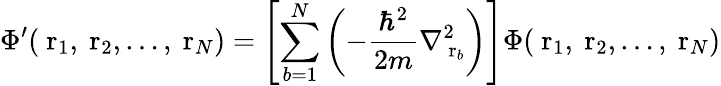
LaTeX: \Phi^{\prime}(\mathrm{\mathbf~r}_{1},\mathrm{\mathbf~r}_{2},\dots,\mathrm{\mathbf~r}_{N})=\left[\sum_{b=1}^{N}\left(-\frac{\hbar^{2}}{2m}\nabla_{\mathrm{\mathbf~r}_{b}}^{2}\right)\right]\Phi(\mathrm{\mathbf~r}_{1},\mathrm{\mathbf~r}_{2},\dots,\mathrm{\mathbf~r}_{N})